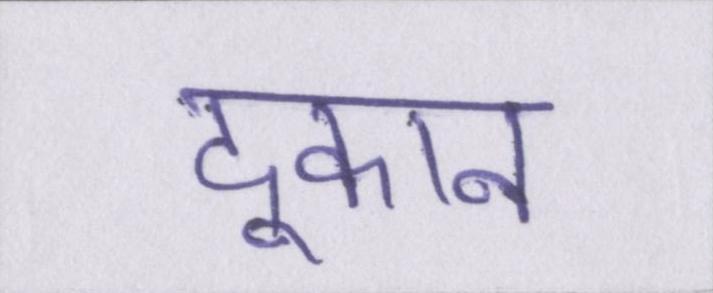
दूकान